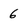
Character: 6